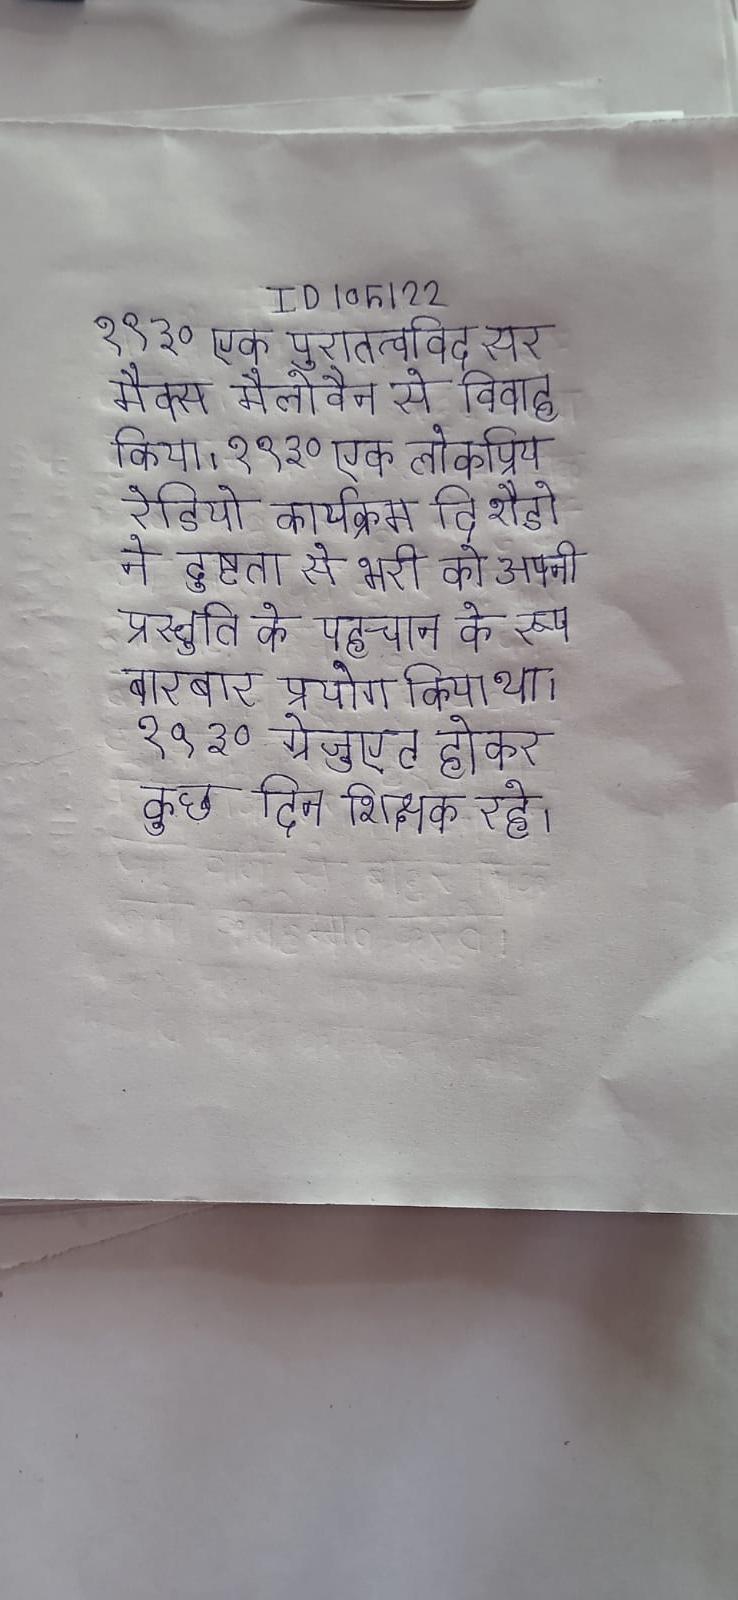
१९३० एक पुरातत्वविद सर मैक्स मैलोवैन से विवाह किया । १९३० एक लोकप्रिय रेडियो कार्यक्रम दि शैडो ने दुष्टता से भरी को अपनी प्रस्तुति के पहचान के रूप बार-बार प्रयोग किया था । १९३० ग्रेजुएट होकर कुछ दिन शिक्षक रहे ।